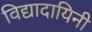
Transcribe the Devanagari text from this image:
विद्यादायिनी